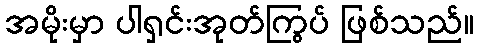
အမိုးမှာ ပါရှင်းအုတ်ကြွပ် ဖြစ်သည်။